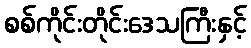
စစ်ကိုင်းတိုင်းဒေသကြီးနှင့်